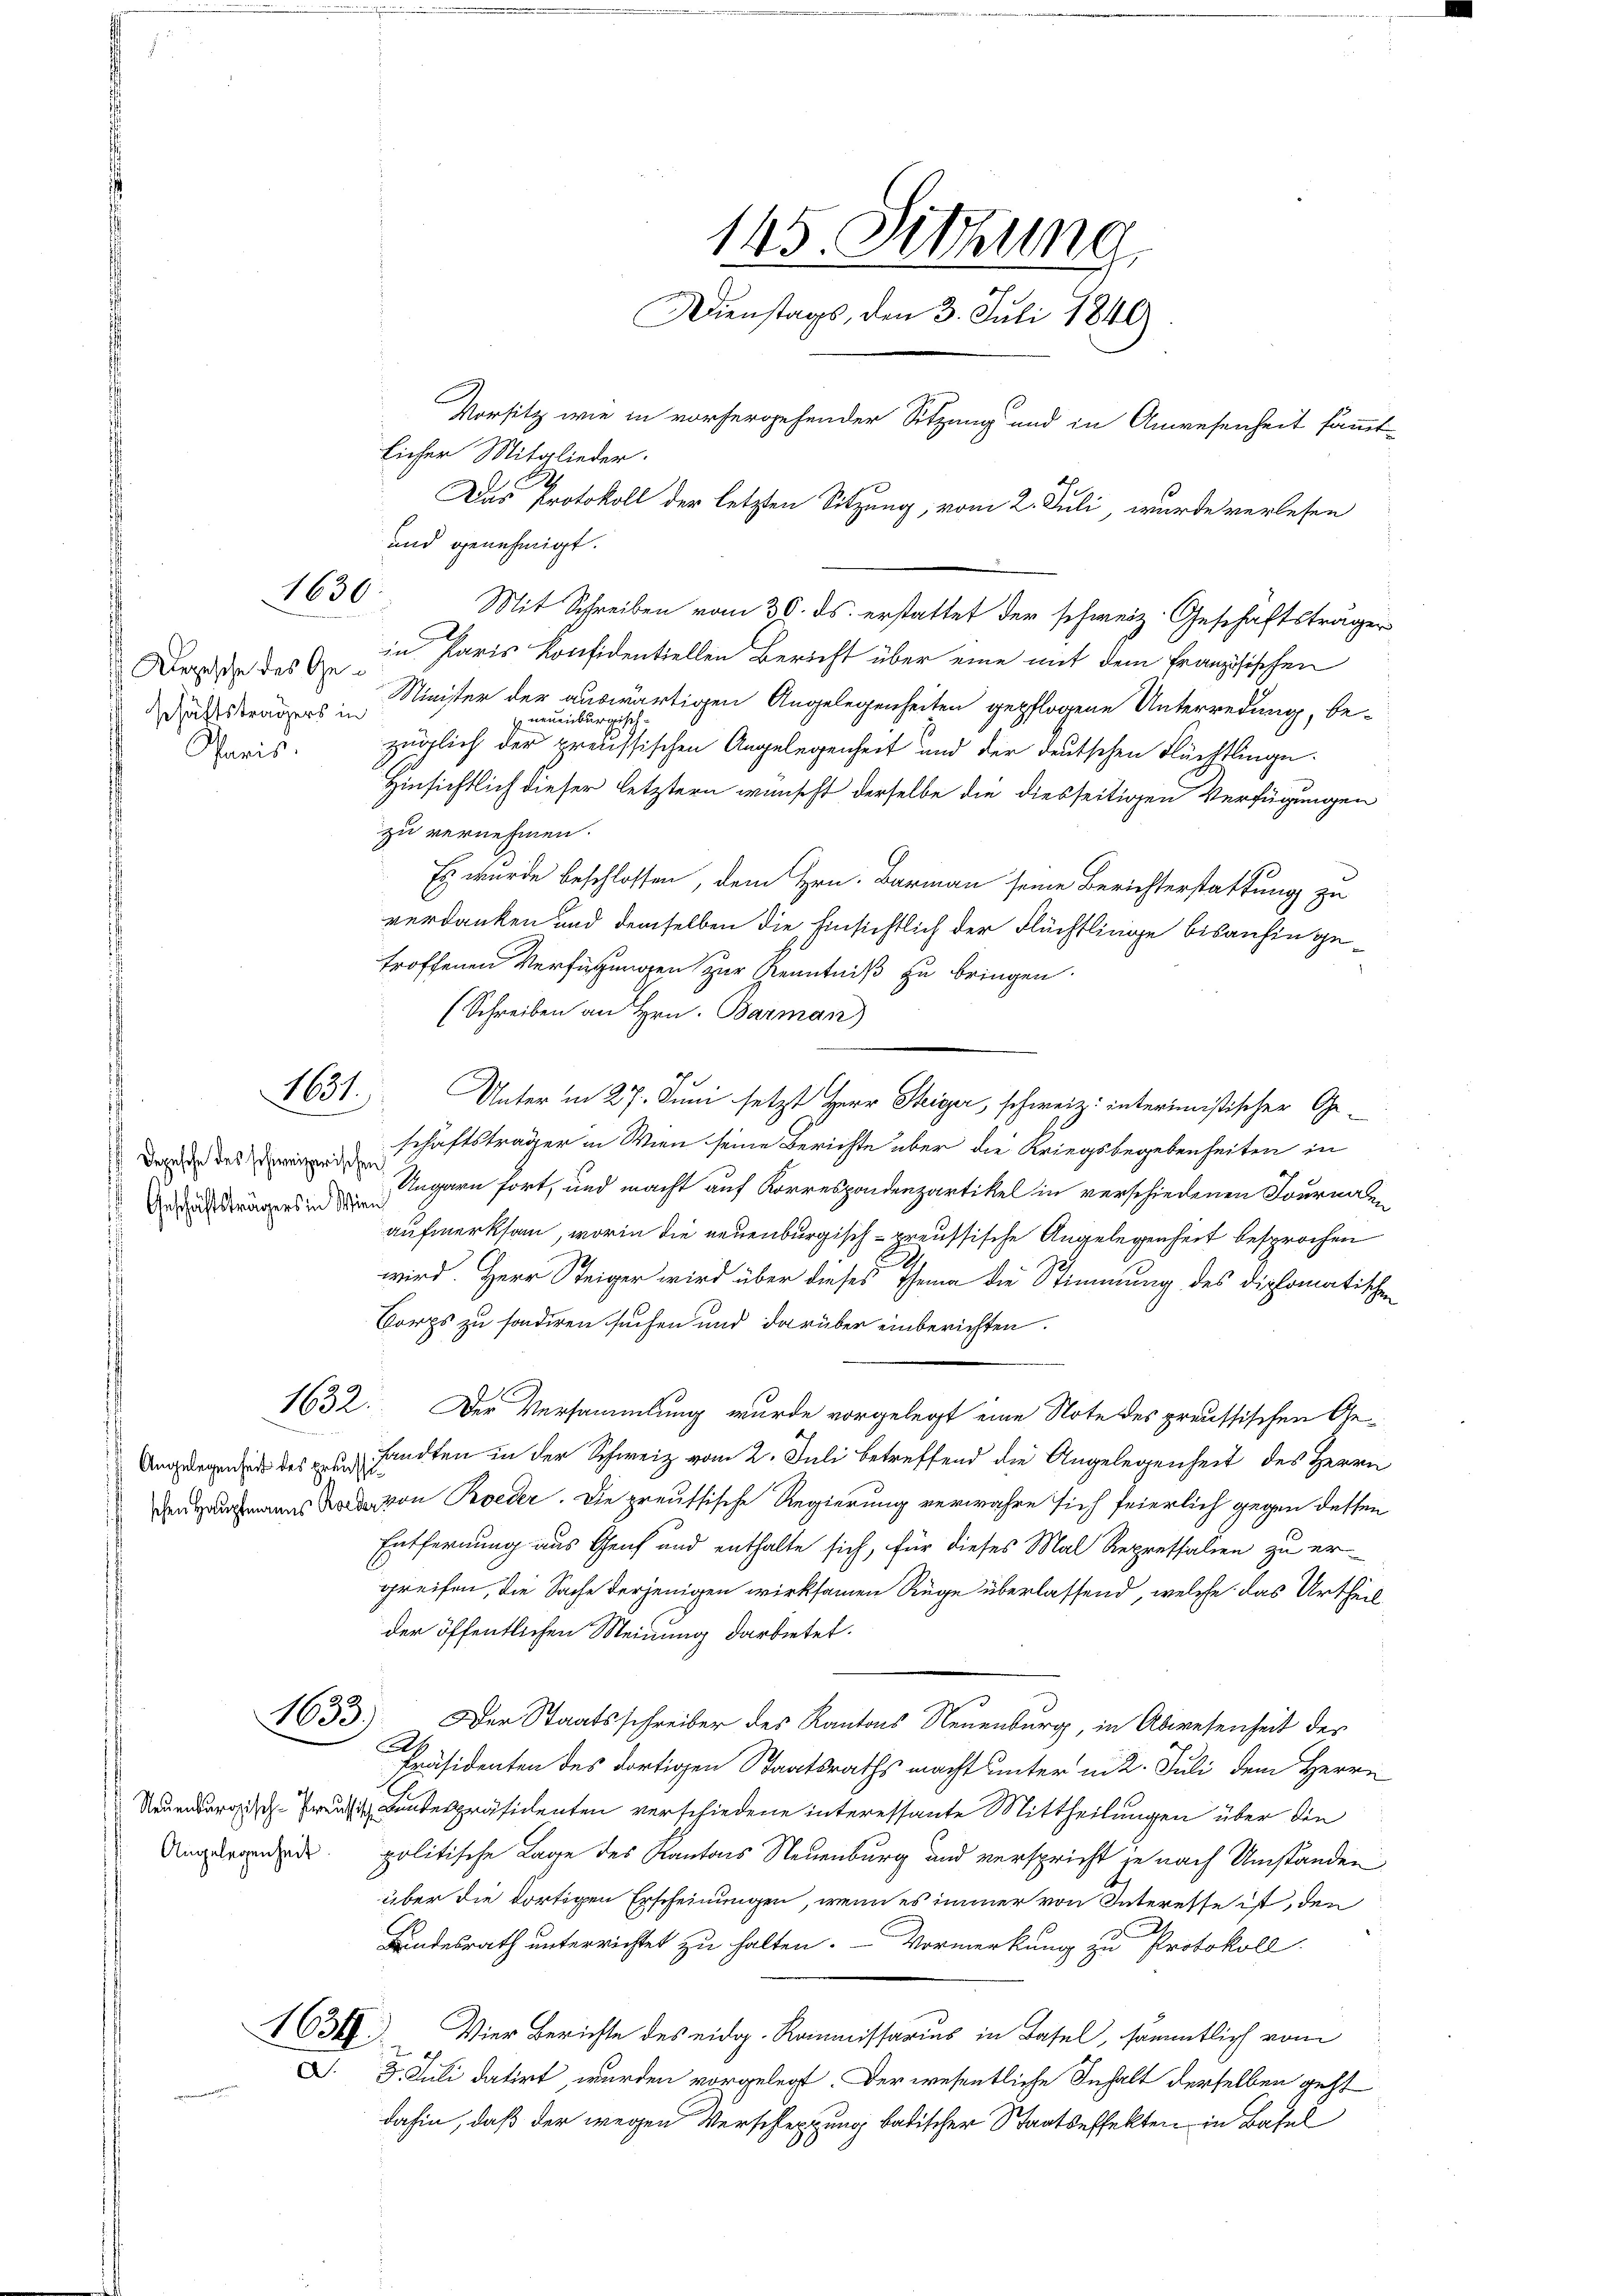
1630

Depesche des Ge¬
Scaris.

1831.

Depesche des schweizerischen
Geschäftsträgers in Wien
.

1632.

133

Angelegenheit.

und genehmigt.
dstrages Minister der auswärtigen Angelegenheiten gepflogene Unterredung, be-
neuenburgisch
züglich der preussischen Angelegenheit und der deutschen Flüchtlinge.
Hinsichtlich dieser letztern wünscht derselbe die diesseitigen Verfügungen
zu vernehmen.
Es wurde beschlossen, dem Hrn. Barmann seine Berichterstattung zu
verdanken und demselben die hinsichtlich der Flüchtlinge bisanhin getroffenen Verfügungen zur Kenntniß zu bringen.
(Schreiben an Hrn. Barman
Unter in 27. Juni setzt Herr Steiger, schweiz. interimistischer Geschäftsträger in Wien seine Berichte über die Kriegsbegebenheiten in
Ungarn fort, und macht auf Korrespondenzartikel in verschiedenen Journalen
aufmerksam, worin die neuenburgisch-preussische Angelegenheit besprochen
wird. Herr Steiger wird über dieses Thema die Stimmung des diplomatischen
Corps zu sonderen suchen und darüber einberichten.
Der Versammlung wurde vorgelegt eine Note des preussischen Ge¬
Unrgend des Handten in der Schweiz vom 2. Juli betreffend die Angelegenheit des Herrn
den Kaufmanns Bald von Reder. Die preussische Regierung verwahre sich feierlich gegen dessen
Entfernung aus Genf und enthalte sich, für dieses Mal Repressalien zu er-
greifen, die Sache derjenigen wirksamen Rüge überlassend, welche das Urtheil
der öffentlichen Meinung darbietet.
Der Staatsschreiber des Kantons Neuenburg, in Abwesenheit des
A.
Präsidenten des dortigen Staatsraths macht unter m2. Juli dem Herrn
Neuenburgus Bundespräsidenten verschiedene interessante Mittheilungen über die
politische Lage des Kantons Neuenburg und verspricht je nach Umständen
über die dortigen Erscheinungen, wenn es immer von Interesse ist, den
Lindesrath unterrichtet zu halten. Vormerkung zu Protokoll
1638. Vier Berichte des eidg. Kommissarius in Basel, sämmtlich vom
§. 9. Juli datirt wurden vorgelegt. Der wesentliche Inhalt derselben geht
dahin, daß der wegen Verschleppung badischer Staatseffekten in Basel

145. Sitzung
Dienstags, den 3. Juli 1840
Vorsitz wie in vorhergehender Sitzung und in Anwesenheit sämmt
licher Mitglieder.
Das Protokoll der letzten Sitzung, vom 2. Juli, wurde verlesen

Mit Schreiben vom 30. ds. erstattet der schweiz. Geschäftsträger
in Paris Konfidentiellen Bericht über eine mit dem französischen